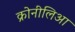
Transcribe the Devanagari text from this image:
क्रोनीलिआ